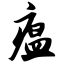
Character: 瘟